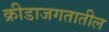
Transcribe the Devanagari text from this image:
क्रीडाजगतातील